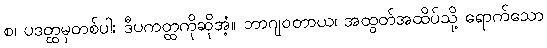
စ၊ ပဒတ္ထမှတစ်ပါး ဒီပကတ္ထကိုဆိုအံ့။ ဘာဂျဝတာယ၊ အထွတ်အထိပ်သို့ ရောက်သော